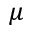
\mu